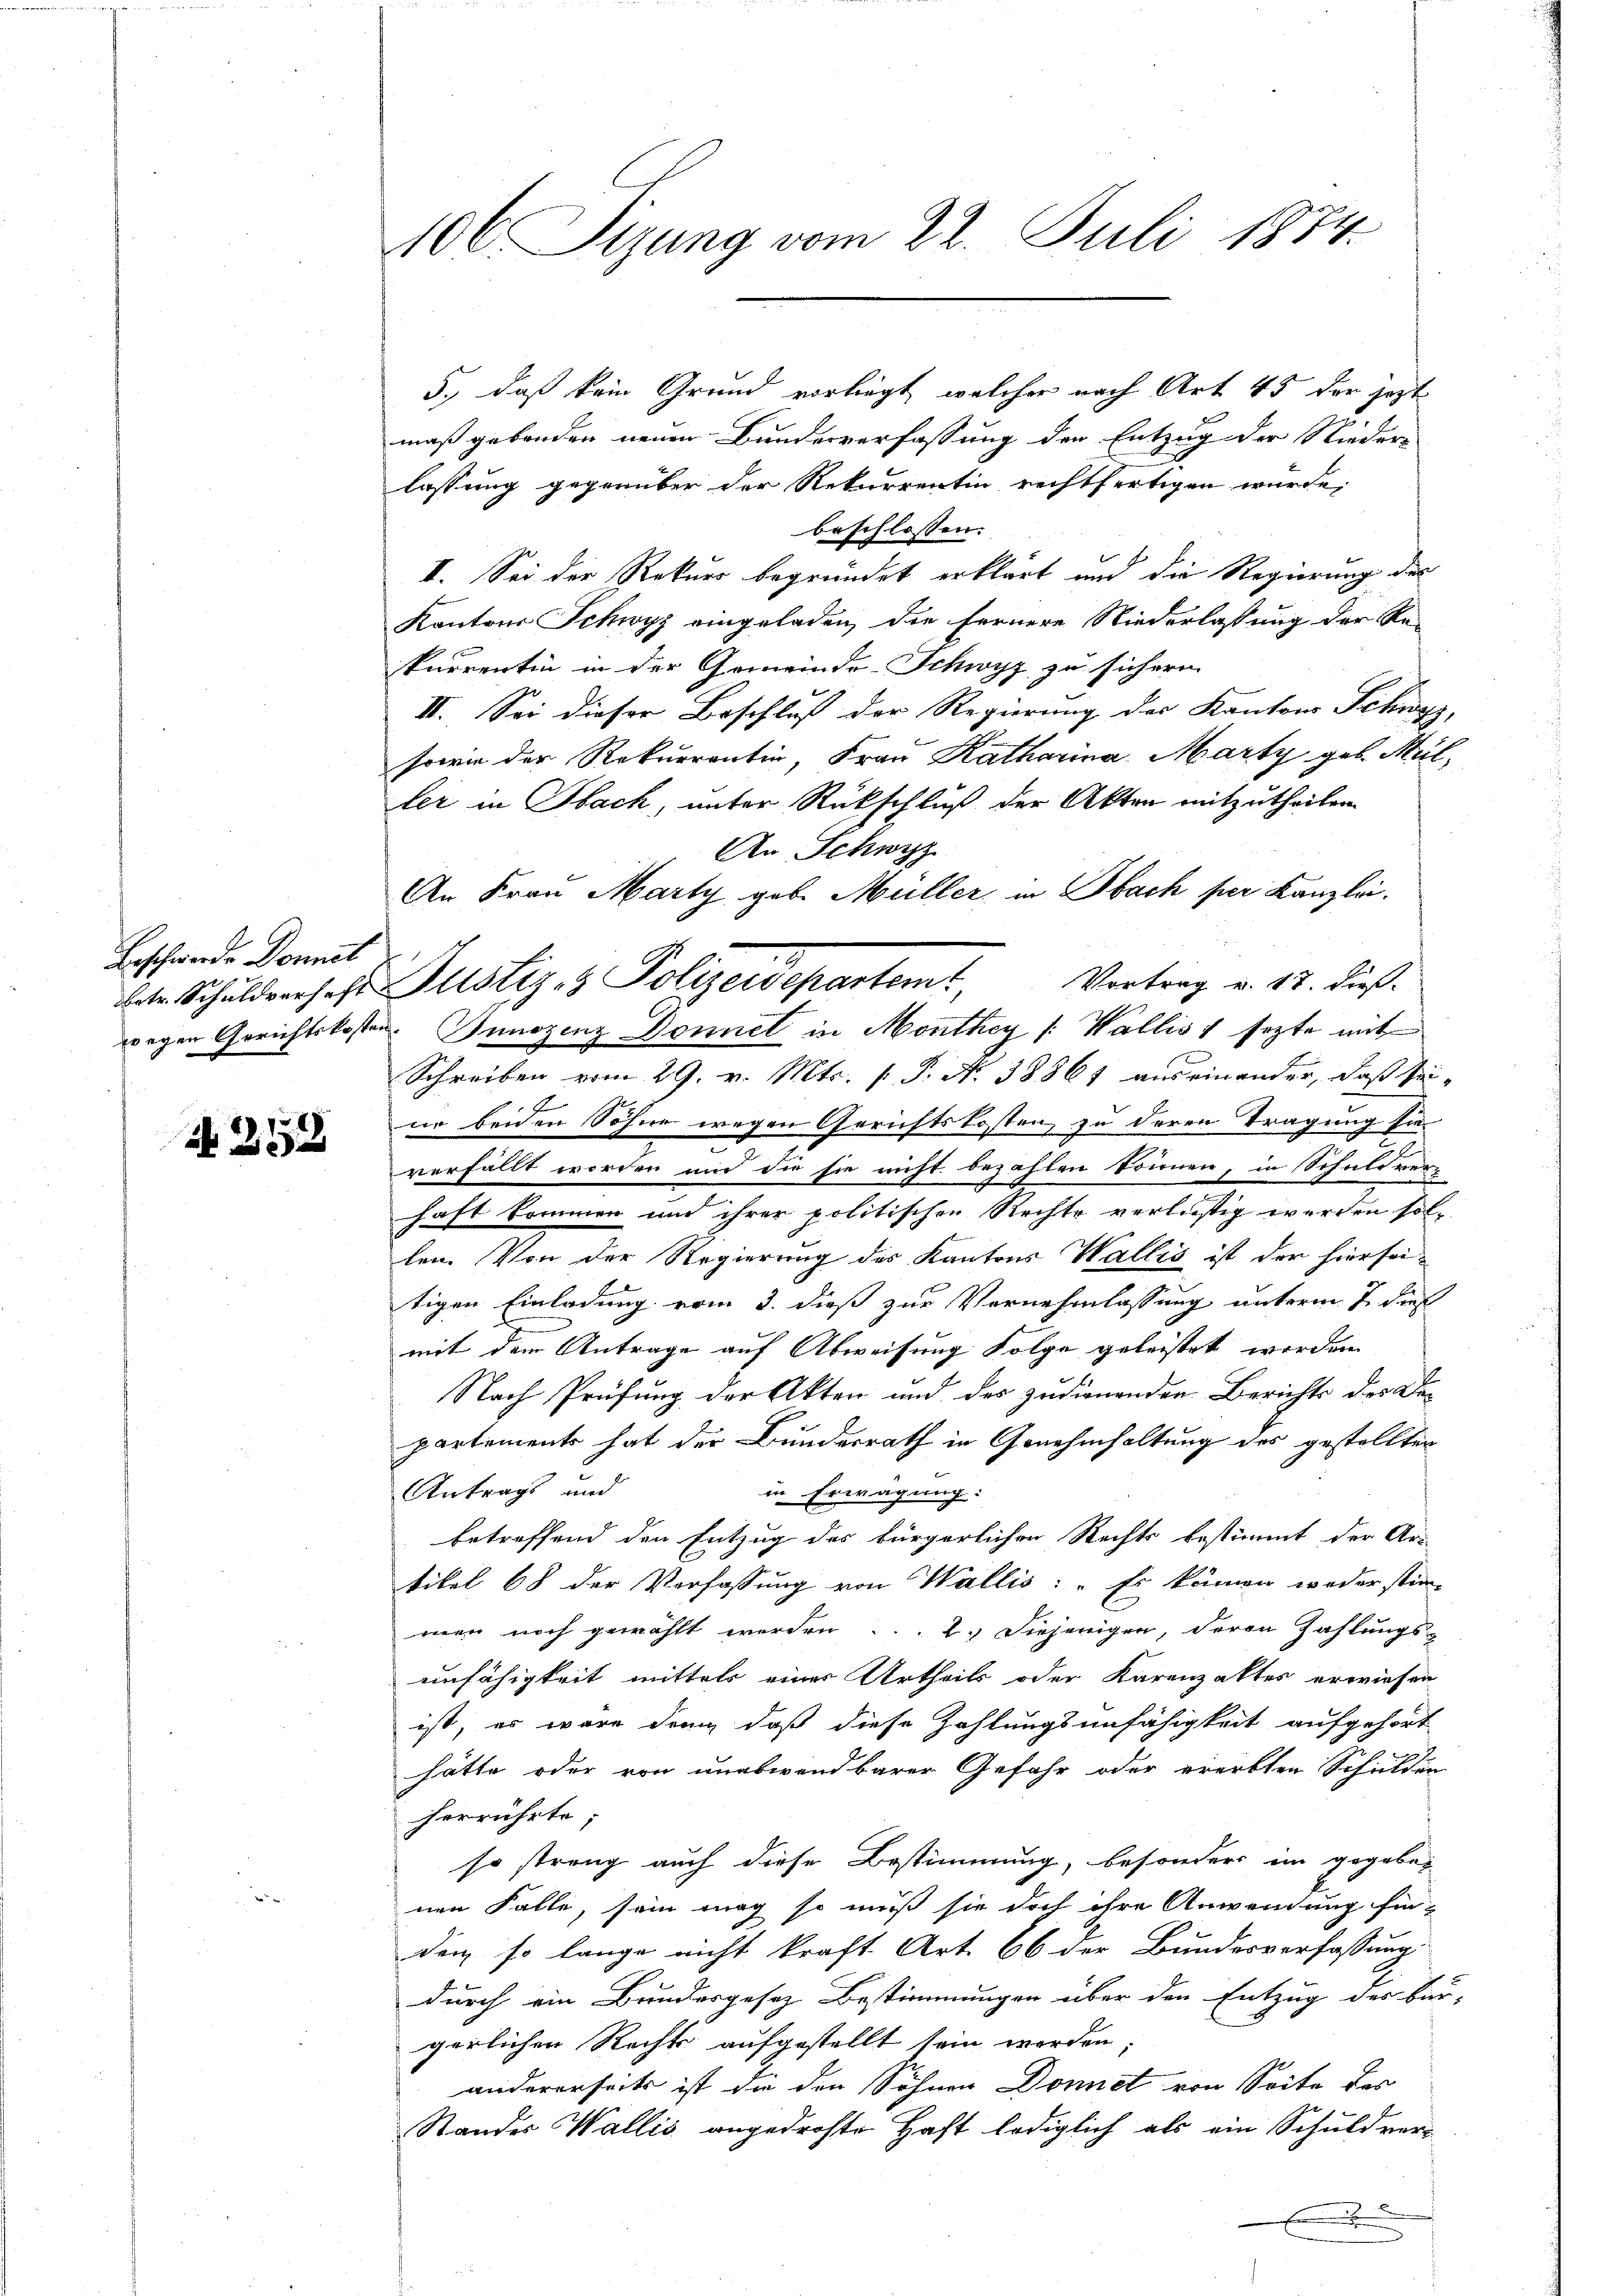
Beschwerde Donnet

N 22

106 Sizung vom 22. Juli 1874.

5., daß kein Grund vorliegt, welcher nach Art 45 der jetzt
mäß gebenden neuen Bunderverfassung der Entzug der Nieder-
lassung gegenüber der Rekurrentin rechtfertigen würde.
beschlossen:
I. Sei der Rekurs begründet erklärt und die Regierung des
Kantons Schwyz eingeladen, die fernere Niederlassung der Re-
purrentin in der Gemeinde-Schwyz zu sichern
II. Sei dieser Beschluss der Regierung des Kantons Schwyz, |
sowie der Rekurrentin, Frau Katharina Marty geb. Müller in Obach, unter Rückschluß der Akten mitzutheilen.
An Schwyz
wegen Gerichtskosten. Junozenz Donnel in Monthey (: Wallis, sezte mit
Schreiben vom 29. v. Mts. (T. N. 38861 auseinander, daß seif
ur beiden Sohne wegen Gerichtskosten, zu deren Tragung sie
verfällt worden und die sie nicht bezahlen können, in Schuldver-
haft kommen und ihrer politischen Rechte verlästig werden sollen. Von der Regierung des Kantons Wallis ist der hierseitigen Einladung vom 3. dieß zur Vernehmlassung unterm 7 dies
mit dem Antrage auf Abweisung Folge geleistet worden.
Nach Prüfung der Akten und des zudienenden Berichts des Dopartements hat der Bunderrath in Genehmhaltung des gestellten
Antrags und
in Erwägung:
betreffend den Entzug des bürgerlichen Rechts bestimmt der Uri-
tikel 68 der Verfassung von Wallis: Es können weder stim-
men noch gewählt werden. 2. Diejenigen, deren Zahlungs-
unfähigkeit mittels einer Urtheils oder Karenzaktes erwiesen
ist, es wäre dann, daß diese Zahlungsunfähigkeit aufgehört
hätte oder von unabwendbarer Gefahr oder ererbten Schulden
herrührte;
so streng auch diese Bestimmung, besonders im gegeben
nen Falle, sein mag so muß sie doch ihre Anwendung fin-
den, so lange nicht kraft Art. 66 der Bundesverfassung
durch ein Bundesgesez Bestimmungen über den Entzug des Bau-
gerlichen Rechts aufgestellt sein werden;
andererseits ist die den Söhnen Donnet von Seite des
Standes Wallis angedrohte Haft lediglich als ein Schuldver¬
.

An Frau Marty geb. Müller in Obach per Kanzlei.
tr. Schuldversehe Justiz- & Polizeidepartem Vortrag v. 17. dieß.